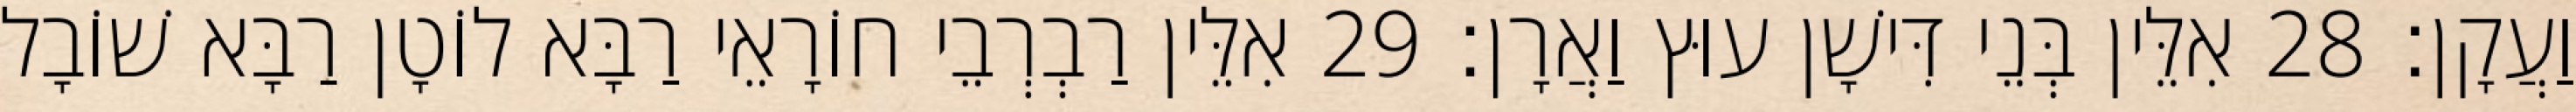
וַעֲקָן׃ 28 אִלֵּין בְּנֵי דִּישָׁן עוּץ וַאֲרָן׃ 29 אִלֵּין רַבְרְבֵי חוֹרָאֵי רַבָּא לוֹטָן רַבָּא שׁוֹבָל